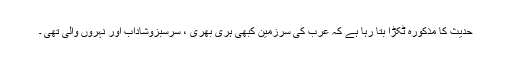
حدیث کا مذکورہ ٹکڑا بتا رہا ہے کہ عرب کی سرزمین کبھی ہری بھری ، سرسبزوشاداب اور نہروں والی تھی ۔